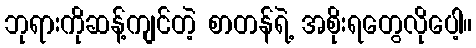
ဘုရားကိုဆန့်ကျင်တဲ့ စာတန်ရဲ့ အစိုးရတွေလိုပေါ့။